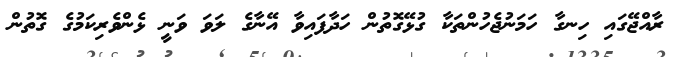
ރާއްޖޭގައި ހިނގާ ހަމަނުޖެހުންތަކާ ގުޅޭގޮތުން ހަދާފައިވާ އޭނާގެ ލަވަ ވަނީ ޅެންވެރިކަމުގެ ގޮތުން